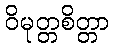
ဝိမုတ္တစိတ္တာ